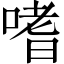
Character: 嗜